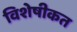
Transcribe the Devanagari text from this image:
विशेषीकत